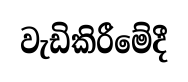
වැඩිකිරීමේදී